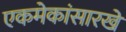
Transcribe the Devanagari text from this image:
एकमेकांसारखे